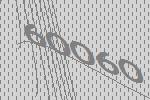
60060